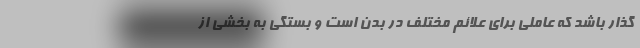
گذار باشد که عاملی برای علائم مختلف در بدن است و بستگی به بخشی از